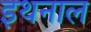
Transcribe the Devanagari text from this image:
इथनाल